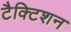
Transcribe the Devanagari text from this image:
टैक्टिशन